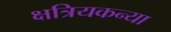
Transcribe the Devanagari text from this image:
क्षत्रियकन्या